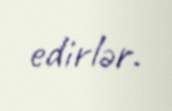
edirlər.